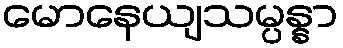
မောနေယျသမ္ပန္နာ